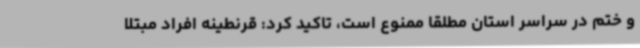
و ختم در سراسر استان مطلقاً ممنوع است، تاکید کرد: قرنطینه افراد مبتلا